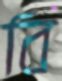
বি